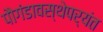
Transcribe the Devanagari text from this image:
पौगंडावस्थेपर्यंत